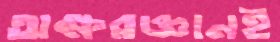
অক্ষরজ্ঞানই